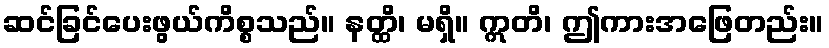
ဆင်ခြင်ပေးဖွယ်ကိစ္စသည်။ နတ္ထိ၊ မရှိ။ ဣတိ၊ ဤကားအဖြေတည်း။